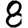
Digit: 8